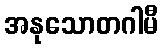
အနုသောတဂါမီ